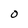
Character: O